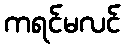
ကရင်မလင်